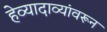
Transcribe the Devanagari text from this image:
हेव्यादाव्यांवरून